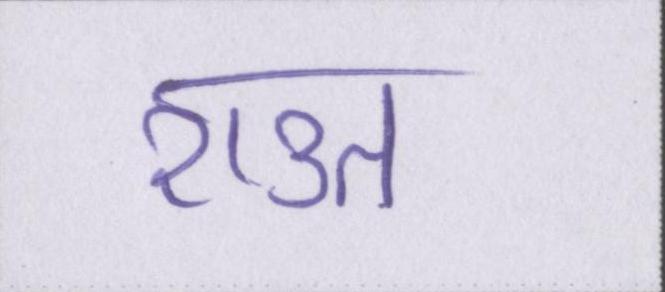
राउत